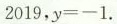
2 0 1 9$$，$$y = - 1$$.